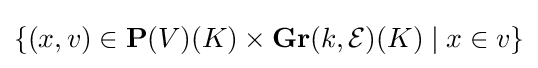
\left\{(x,v)\in \mathbf {P} (V)(K)\times \mathbf {Gr} (k,{\mathcal {E}})(K)\mid x\in v\right\}